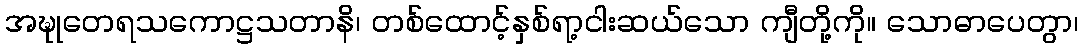
အဍ္ဎုတေရသကောဋ္ဌသတာနိ၊ တစ်ထောင့်နှစ်ရာ့ငါးဆယ်သော ကျီတို့ကို။ သောဓာပေတွာ၊